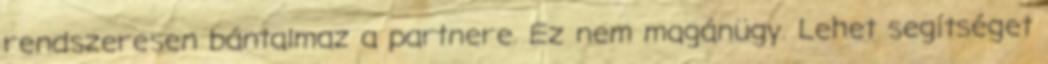
rendszeresen bántalmaz a partnere. Ez nem magánügy. Lehet segítséget